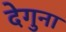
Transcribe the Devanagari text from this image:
देगुना